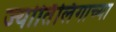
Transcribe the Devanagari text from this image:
ज्‍योर्तिलिंगाच्‍या